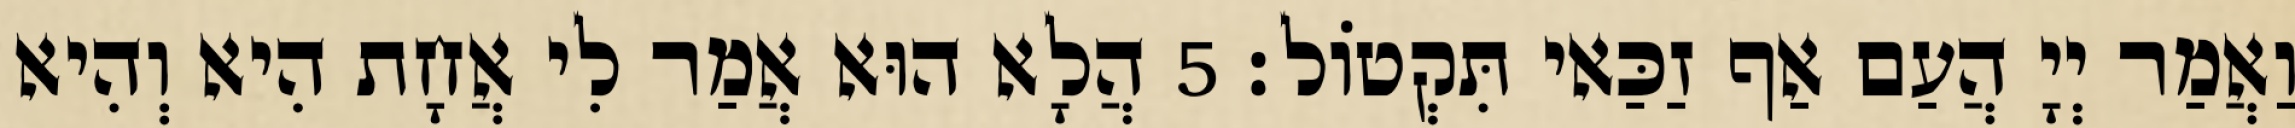
וַאֲמַר יְיָ הֲעַם אַף זַכַּאי תִּקְטוֹל׃ 5 הֲלָא הוּא אֲמַר לִי אֲחָת הִיא וְהִיא